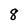
Character: 8